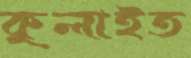
কুলাইত